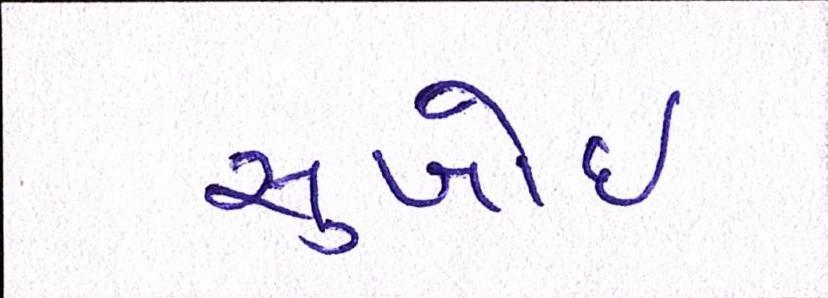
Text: સુખોઈ